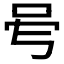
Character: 𠰇